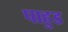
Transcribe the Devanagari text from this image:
पाहुड